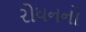
રોધનનો